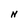
Character: N